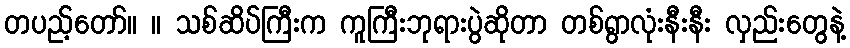
တပည့်တော်။ ။ သစ်ဆိပ်ကြီးက ကူကြီးဘုရားပွဲဆိုတာ တစ်ရွာလုံးနီးနီး လှည်းတွေနဲ့